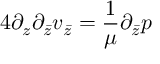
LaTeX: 4 \partial _ { z } \partial _ { \bar { z } } v _ { \bar { z } } = \frac { 1 } { \mu } \partial _ { \bar { z } } p